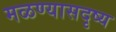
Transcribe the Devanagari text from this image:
मळण्यासदृष्य